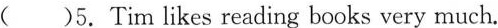
( )5.Tim likes reading books very much.